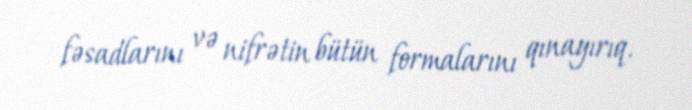
fəsadlarını və nifrətin bütün formalarını qınayırıq.